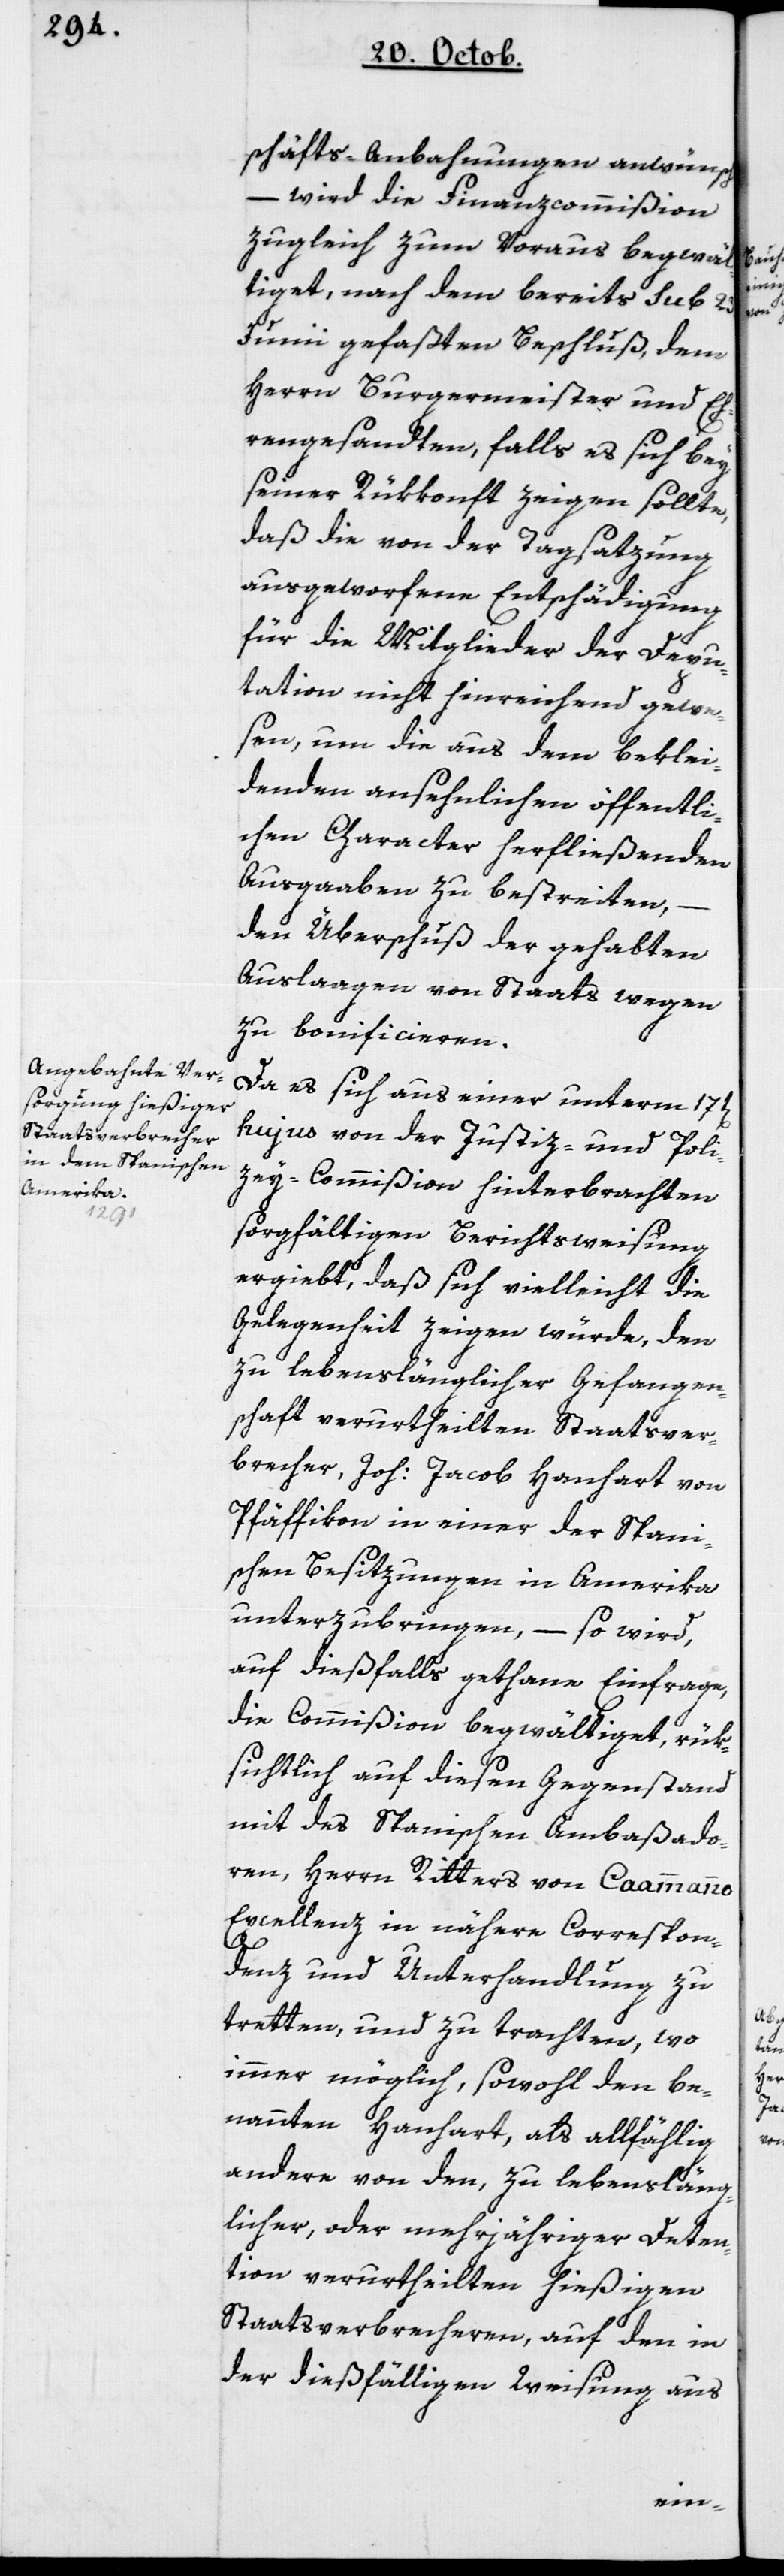
schäfts-Anbahnungen anwünscht,
– wird die Finanzcommißion
zugleich zum Voraus begwäl¬
tiget, nach dem bereits sub 23ten
Junii gefaßten Beschluß, dem
Herrn Burgermeister und Eh¬
rengesandten, falls es sich bey
seiner Rükkonft zeigen sollte,
daß die von der Tagsatzung
ausgeworfene Entschädigung
für die Mitglieder der Depu¬
tation nicht hinreichend gewe¬
sen, um die aus dem beklei¬
denden ansehnlichen öffentli¬
chen Character herfließenden
Ausgaben zu bestreiten,
den Überschuß der gehabten
Auslagen von Staats wegen
zu bonificieren.
Da es sich aus einer unterm 17ten
hujus von der Justiz- und Poli¬
cey-Commißion hinterbrachten
sorgfältigen Berichtsweisung
ergiebt, daß sich vielleicht die
Gelegenheit zeigen würde, den
zu lebenslänglicher Gefangen¬
schaft verurtheilten Staatsver¬
brecher, Joh. Jacob Hanhart von
Pfäffikon in einer der spani¬
schen Besitzungen in Amerika
unterzubringen, – so wird,
auf dießfalls gethane Einfrage,
die Commißion begwältiget, rük¬
sichtlich auf diesen Gegenstand
mit des spanischen Ambaßado¬
ren, Herrn Ritters von Caammanno
Excellenz in nähere Correspon¬
denz und Unterhandlung zu
tretten, und zu trachten, wo
immer möglich, sowohl den be¬
nannten Hanhart, als allfällig
andere von den zu lebensläng¬
licher oder mehrjähriger Deten¬
tion verurtheilten hießigen
Staatsverbrechern, auf den in
der dießfälligen Weisung aus